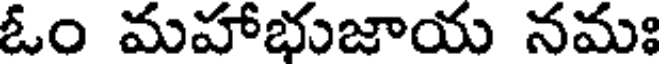
ఓం మహాభుజాయ నమః